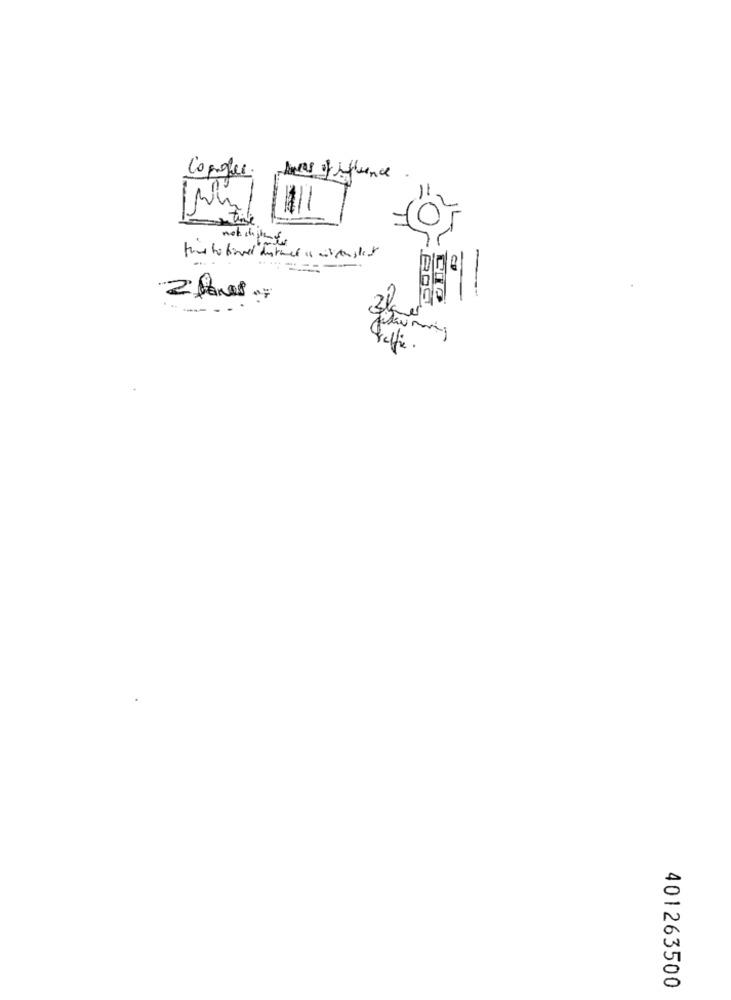
logger.
not distants
...
Jeffie
401263500